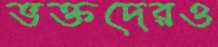
ভক্তদেরও